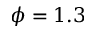
\phi = 1 . 3